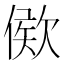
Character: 𣣠